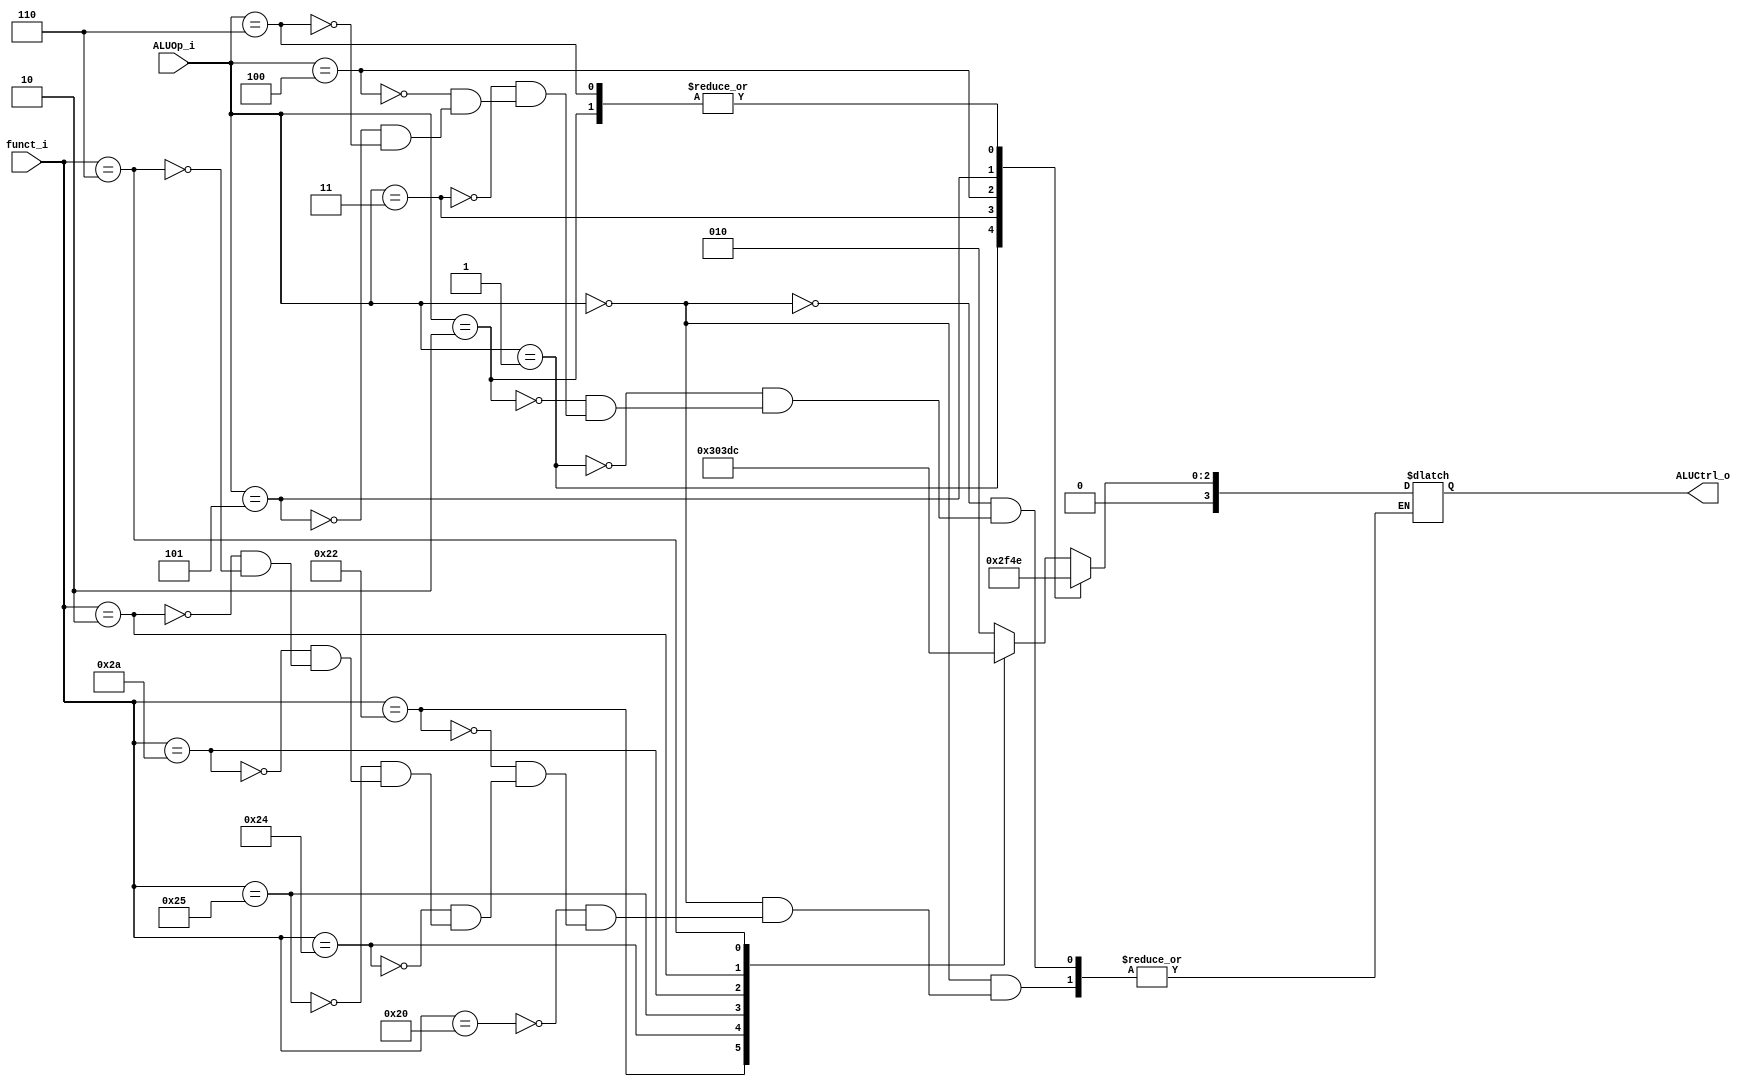
//Subject:     CO project 2 - ALU Controller
//--------------------------------------------------------------------------------
//Version:     1
//--------------------------------------------------------------------------------
//Writer:      
//----------------------------------------------
//Date:        
//----------------------------------------------
//Description: 
//--------------------------------------------------------------------------------

module ALU_Ctrl(
          funct_i,
          ALUOp_i,
          ALUCtrl_o
          );
          
//I/O ports 
input      [6-1:0] funct_i;
input      [3-1:0] ALUOp_i;

output     [4-1:0] ALUCtrl_o;    
     
//Internal Signals
reg        [4-1:0] ALUCtrl_o;

//Parameter
parameter AND = 0;
parameter OR  = 1;
parameter ADD = 2;
parameter SUB = 6;
parameter SLT = 7;
parameter NOR = 12;
parameter SRL = 3;
parameter SRLV= 4;
parameter LUI =	5;
//parameter BNE = 8;
//Select exact operation
	always @(funct_i or ALUOp_i) begin
		
		case(ALUOp_i[2:0])
			3'd0:	case(funct_i[5:0]) //R function
					6'd32:	ALUCtrl_o = ADD;
					6'd34:	ALUCtrl_o = SUB;
					6'd36:	ALUCtrl_o = AND;
					6'd37:  ALUCtrl_o = OR;
					6'd42:  ALUCtrl_o = SLT;
					6'd2:	ALUCtrl_o = SRL;	
					6'd6:	ALUCtrl_o = SRLV;
					endcase
			3'd1:	ALUCtrl_o = ADD; //ADDI
			3'd2:	ALUCtrl_o = SUB; //branch equal
			3'd3:	ALUCtrl_o = SLT; //SLTI
			3'd4:	ALUCtrl_o = LUI; //LUI
			3'd5:	ALUCtrl_o = OR; //ORI
			3'd6:	ALUCtrl_o =	SUB; //BNE
		endcase
	end
endmodule